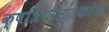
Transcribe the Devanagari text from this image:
क्षत्रियान्तकरेण